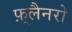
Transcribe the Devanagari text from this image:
फ़्लैनरो